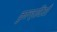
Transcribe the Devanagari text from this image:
कुल्हादियाँ